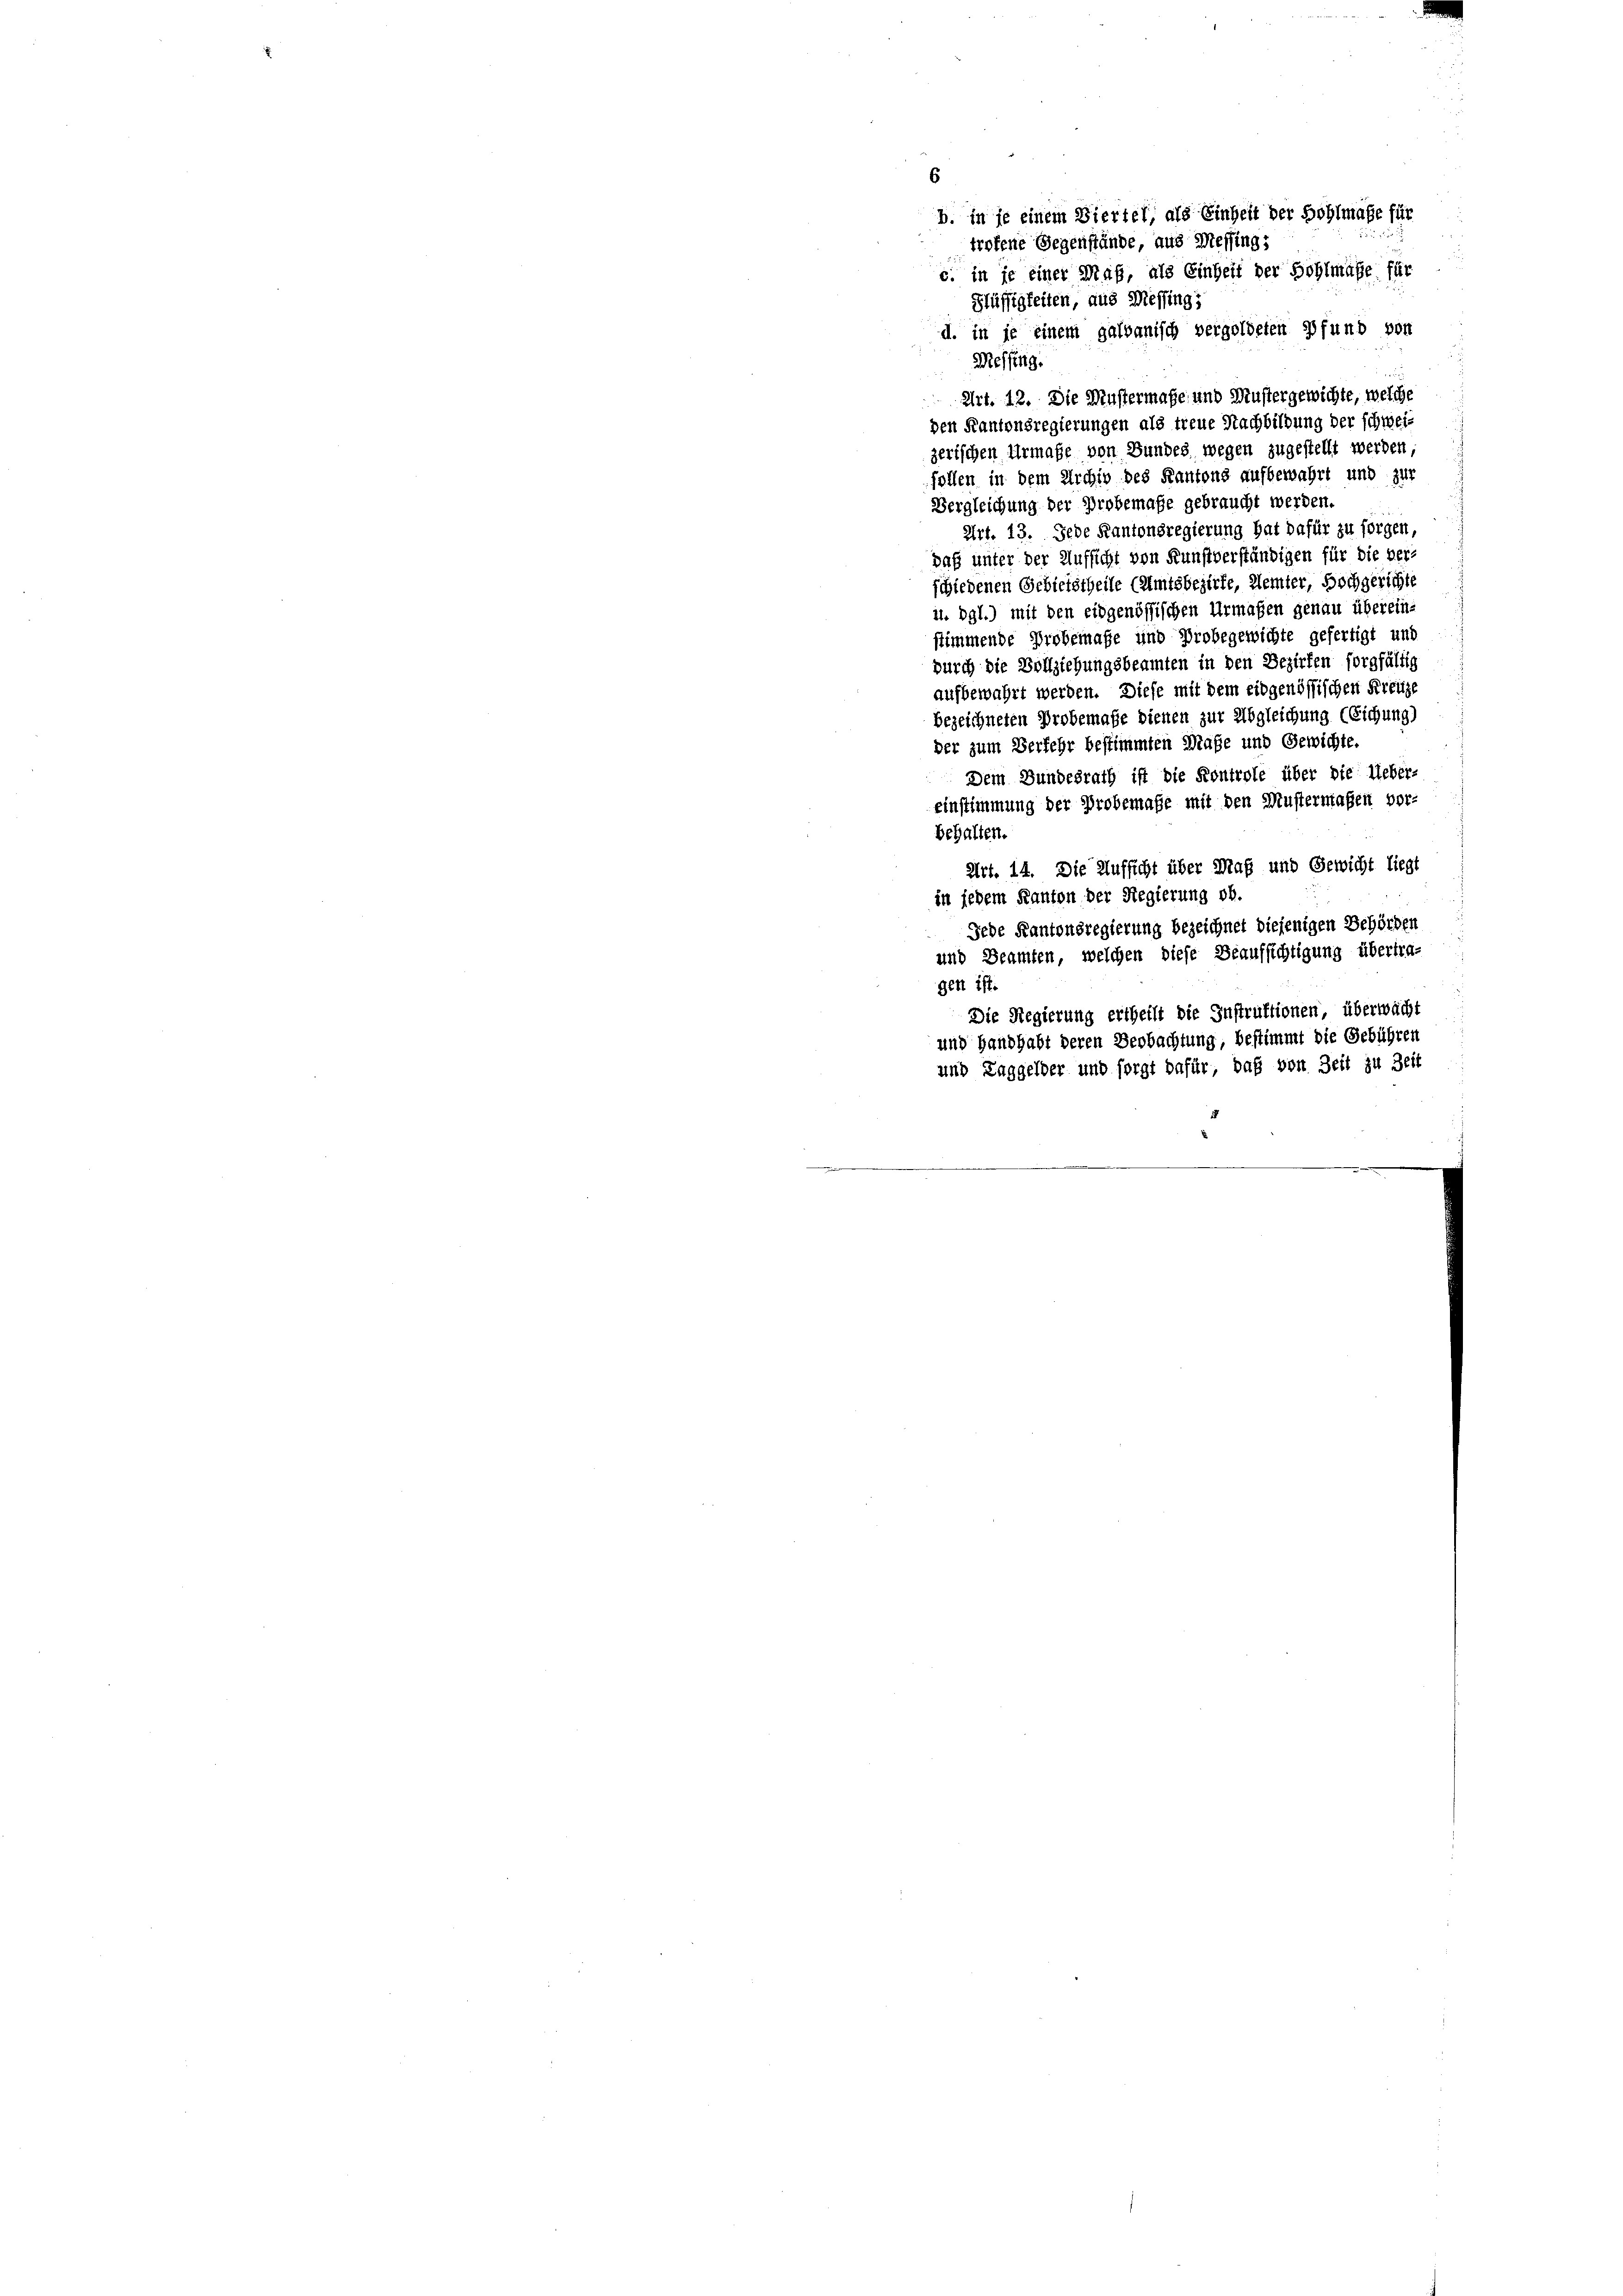
6
Flüssigkeiten, aus Messing;
d. in je einem galvanisch vergoldeten Pfund von
Desselig.
Art. 12. Die Mustermaße und Mustergewichte, welche
den Kantonsregierungen als treue Nachbildung der schweizerischen Urmaße von Bundes wegen zugestellt werden;
follen in dem Archiv des Kantons aufbewahrt und zur
Vergleichung der Probemaße gebraucht werden.
Art. 13. Jede Kantonsregierung hat dafür zu sorgen.
daß unter der Aufsicht von Sunstverständigen für die ber
schiedenen Gebietstheile (Amtsbezirke, Kemter, Hochgerichte
u. dgl.) mit den eidgenössischen Urmaßen genau überein-
stimmende Probemaße und Probegewichte gefertigt und
durch die Vollziehungsbeamten in den Bezirken sorgfältig
aufbewahrt werden. Diese mit dem eidgenössischen Kreuze
bezeichneten Probemaße dienen zur Abgleichung (Eichung)
der zum Verfehr bestimmten Maße und Gewichte.
Dem Bundesrath ist die Kontrole über die Ueber-
einstimmung der Probemaße mit den Mustermaßen vor-
behalten.
Art. 14. Die Aufsicht über Maß und Gewicht liegt
in jedem Kanton der Regierung ob.
Jede Kantonsregierung bezeichnet diejenigen Behörden
und Beamten, welchen diese Beaufsichtigung übertragen ist
Die Regierung ertheilt die Instruktionen, überwacht
und Handhabt deren Beobachtung, bestimmt die Gebühren
und Taggelder und sorgt dafür, daß von Zeit zu Zeit

b. in je einem Biertel, als Einheit der Hohlmaße für
troffene Gegenstände, aus Messing;
c. in je einer Maß, als Einheit der Hohlmaße für